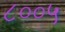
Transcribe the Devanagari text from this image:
८००५